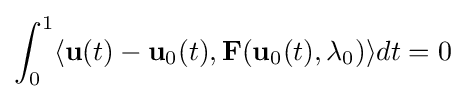
\int _{0}^{1}\langle \mathbf {u} (t)-\mathbf {u} _{0}(t),\mathbf {F} (\mathbf {u} _{0}(t),\lambda _{0})\rangle dt=0